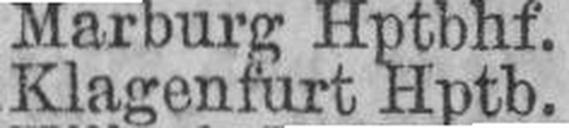
Klagenfurt Hptb.